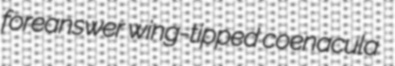
foreanswer wing-tipped coenacula